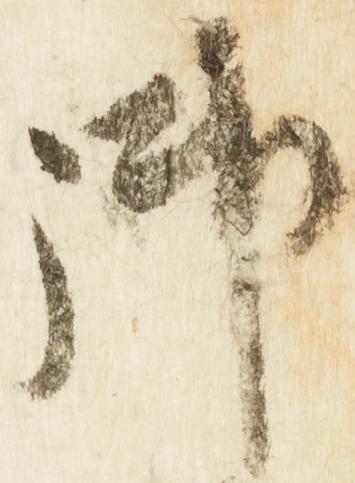
御